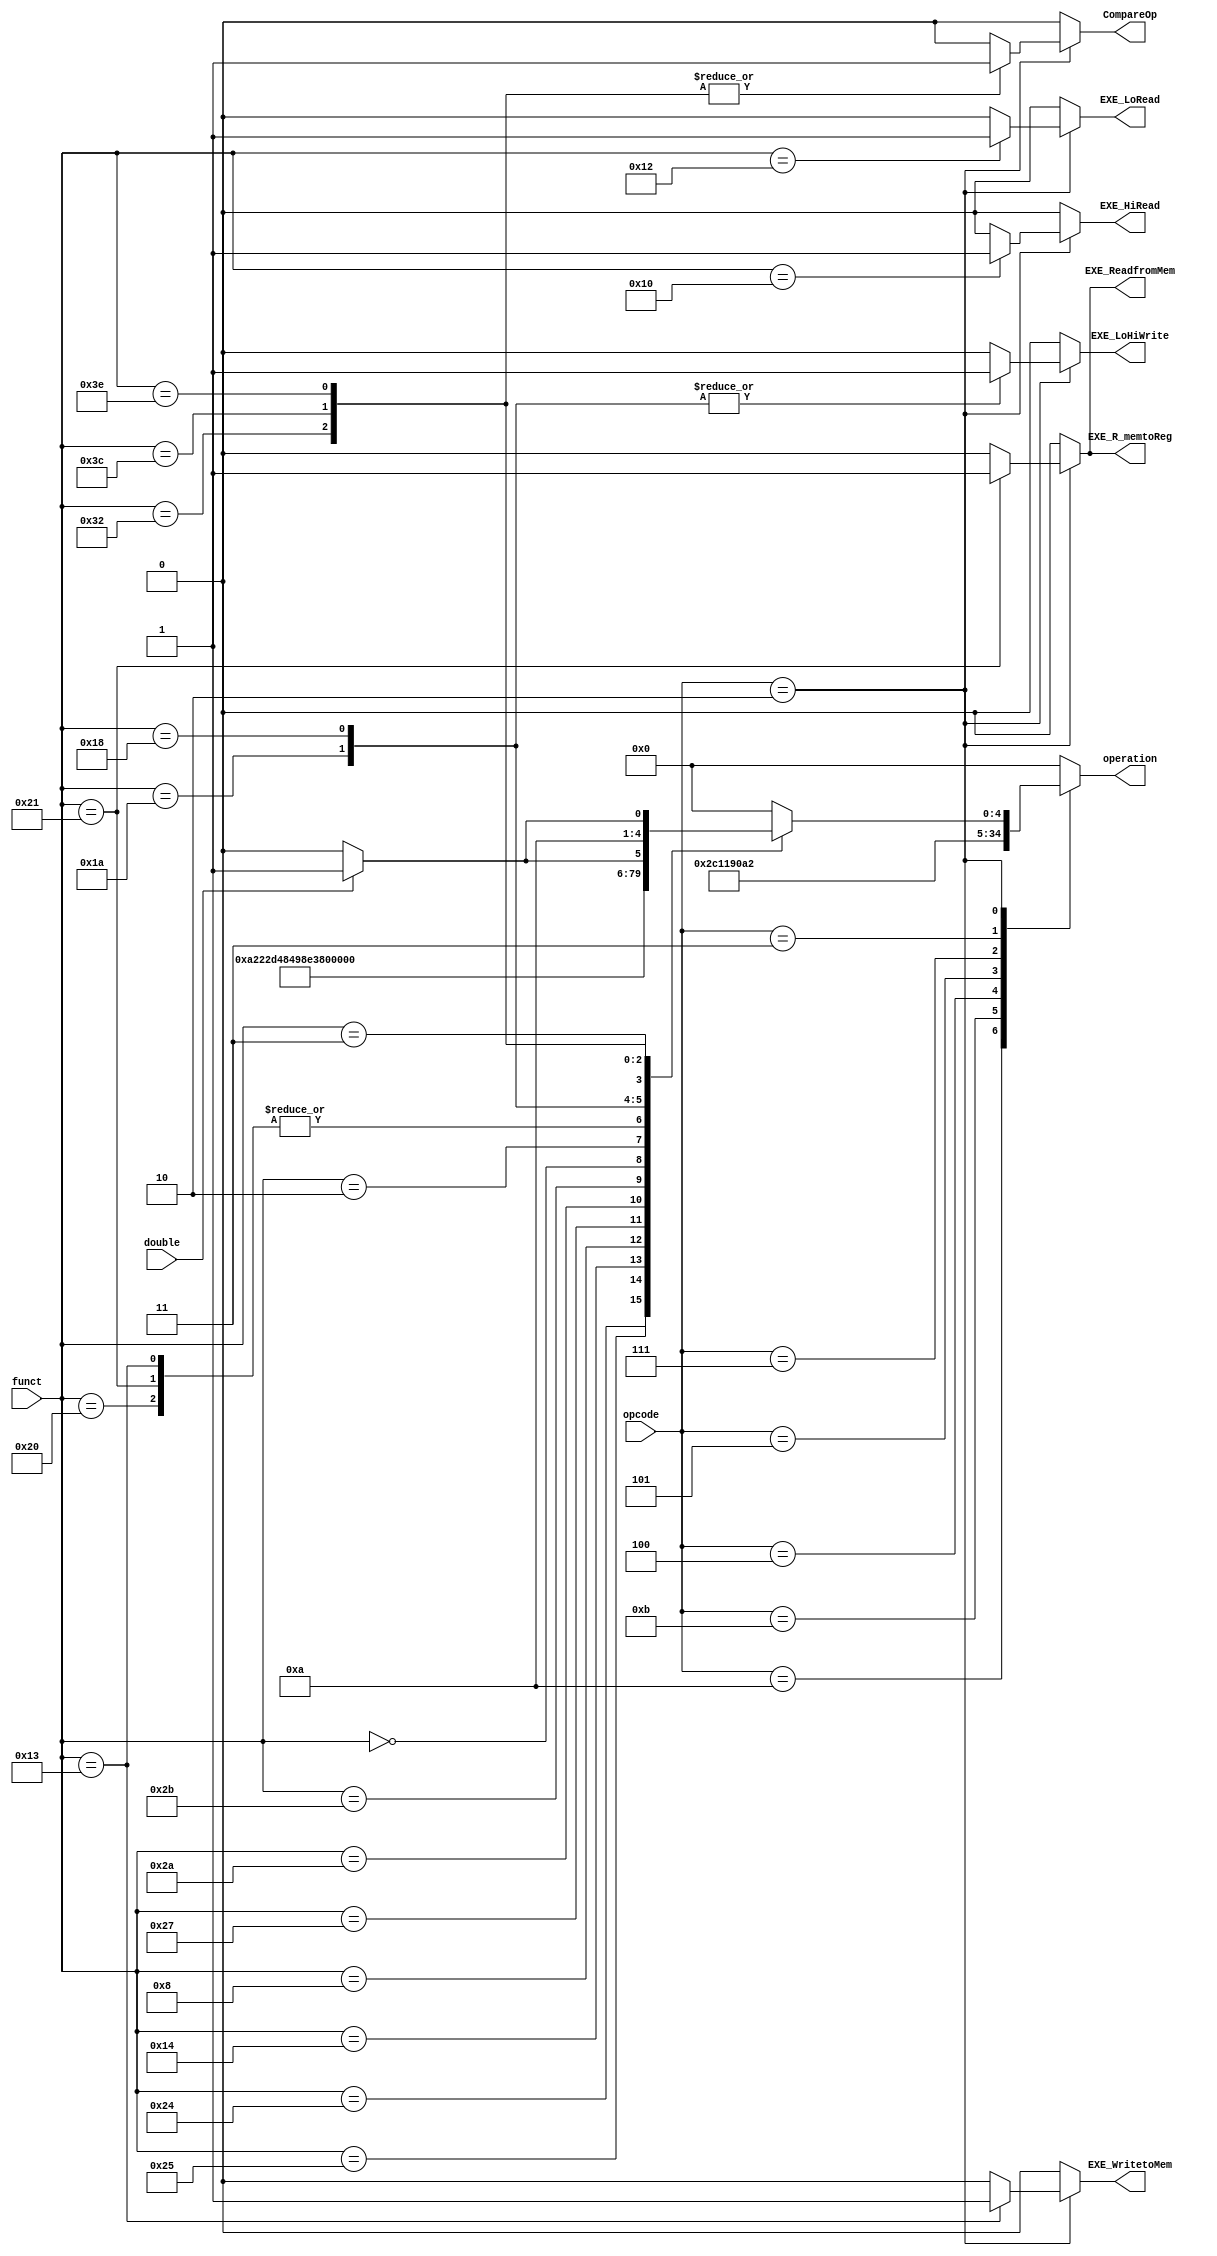
module ALUcontrol (EXE_LoHiWrite, EXE_LoRead, EXE_HiRead, CompareOp, EXE_R_memtoReg, EXE_ReadfromMem, EXE_WritetoMem, operation, opcode, funct, double);

// input 
	input [5:0] funct;
	input [3:0] opcode; 
	input double;
	
// output
	output reg [4:0] operation;
	output reg EXE_ReadfromMem, EXE_WritetoMem, EXE_R_memtoReg, CompareOp, EXE_LoHiWrite, EXE_LoRead, EXE_HiRead;
	
	always @(*)
		begin
			case(opcode)
			default:
				begin
					EXE_LoHiWrite <= 0;
					EXE_LoRead <= 0;
					EXE_HiRead <= 0;
					CompareOp <= 0;
					operation <= 0;
					EXE_ReadfromMem <= 0;
					EXE_WritetoMem <= 0;
					EXE_R_memtoReg <= 0;
				end
				
			// Jump and Link
			4'ha:
				begin
					operation <= 5'h16;
					EXE_ReadfromMem <= 0;
					EXE_WritetoMem <= 0;
					EXE_R_memtoReg <= 0;
					CompareOp <= 0;
					EXE_LoHiWrite <= 0;
					EXE_LoRead <= 0;
					EXE_HiRead <= 0;
				end
				
			// load upper Imm.
			4'hb:
				begin
					operation <= 5'h1;
					EXE_ReadfromMem <= 0;
					EXE_WritetoMem <= 0;
					EXE_R_memtoReg <= 0;
					CompareOp <= 0;
					EXE_LoHiWrite <= 0;
					EXE_LoRead <= 0;
					EXE_HiRead <= 0;
				end
				
			// load word, load byte unsigned, store byte, store word, addi
			4'h4:
				begin
					operation <= 5'h3;
					EXE_ReadfromMem <= 0;
					EXE_WritetoMem <= 0;
					EXE_R_memtoReg <= 0;
					CompareOp <= 0;
					EXE_LoHiWrite <= 0;
					EXE_LoRead <= 0;
					EXE_HiRead <= 0;
				end
				
			// andi
			4'h5:
				begin
					operation <= 5'h4;
					EXE_ReadfromMem <= 0;
					EXE_WritetoMem <= 0;
					EXE_R_memtoReg <= 0;
					CompareOp <= 0;
					EXE_LoHiWrite <= 0;
					EXE_LoRead <= 0;
					EXE_HiRead <= 0;
				end
				
			// beq, bnq 
			4'h7:
				begin
					operation <= 5'h5;
					EXE_ReadfromMem <= 0;
					EXE_WritetoMem <= 0;
					EXE_R_memtoReg <= 0;
					CompareOp <= 0;
					EXE_LoHiWrite <= 0;
					EXE_LoRead <= 0;
					EXE_HiRead <= 0;
				end
				
			// Ori
			4'h3:
				begin
					operation <= 5'h2;
					EXE_ReadfromMem <= 0;
					EXE_WritetoMem <= 0;
					EXE_R_memtoReg <= 0;
					CompareOp <= 0;
					EXE_LoHiWrite <= 0;
					EXE_LoRead <= 0;
					EXE_HiRead <= 0;
				end
				
			4'h2:
				begin
					case(funct)
						default:
							begin
								operation <= 0;
								EXE_ReadfromMem <= 0;
								EXE_WritetoMem <= 0;
								EXE_R_memtoReg <= 0;
								CompareOp <= 0;
								EXE_LoHiWrite <= 0;
								EXE_LoRead <= 0;
								EXE_HiRead <= 0;
							end
						
						// add
						6'h20:
							begin
								operation <=5'h3;
								EXE_ReadfromMem <= 0;
								EXE_WritetoMem <= 0;
								EXE_R_memtoReg <= 0;
								CompareOp <= 0;
								EXE_LoHiWrite <= 0;
								EXE_LoRead <= 0;
								EXE_HiRead <= 0;
							end
							
						// sub
						6'h24:
							begin
								operation <=5'h5;
								EXE_ReadfromMem <= 0;
								EXE_WritetoMem <= 0;
								EXE_R_memtoReg <= 0;
								CompareOp <= 0;
								EXE_LoHiWrite <= 0;
								EXE_LoRead <= 0;
								EXE_HiRead <= 0;
							end
							
						// Or
						6'h25:
							begin
								operation <=5'h2;
								EXE_ReadfromMem <= 0;
								EXE_WritetoMem <= 0;
								EXE_R_memtoReg <= 0;
								CompareOp <= 0;
								EXE_LoHiWrite <= 0;
								EXE_LoRead <= 0;
								EXE_HiRead <= 0;
							end
							
						// and
						6'h14:
							begin
								operation <= 5'h4;
								EXE_ReadfromMem <= 0;
								EXE_WritetoMem <= 0;
								EXE_R_memtoReg <= 0;
								CompareOp <= 0;
								EXE_LoHiWrite <= 0;
								EXE_LoRead <= 0;
								EXE_HiRead <= 0;
							end
							
						// jr
						6'h8:
							begin
								EXE_ReadfromMem <= 0;
								EXE_WritetoMem <= 0;
								operation <= 5'hb;
								EXE_R_memtoReg <= 0;
								CompareOp <= 0;
								EXE_LoHiWrite <= 0;
								EXE_LoRead <= 0;
								EXE_HiRead <= 0;
							end
						
						// load new word
						6'h21:
							begin
								operation <= 5'h3;
								EXE_ReadfromMem <= 1;
								EXE_WritetoMem <= 0;
								EXE_R_memtoReg <= 1;
								CompareOp <= 0;
								EXE_LoHiWrite <= 0;
								EXE_LoRead <= 0;
								EXE_HiRead <= 0;
							end
						
						// Nor	
						6'h27:
							begin
								operation <= 5'ha;
								EXE_ReadfromMem <= 0;
								EXE_WritetoMem <= 0;
								EXE_R_memtoReg <= 0;
								CompareOp <= 0;
								EXE_LoHiWrite <= 0;
								EXE_LoRead <= 0;
								EXE_HiRead <= 0;
							end
							
						// set less than
						6'h2a:
							begin
								EXE_ReadfromMem <= 0;
								EXE_WritetoMem <= 0;
								operation <= 5'h8;
								EXE_R_memtoReg <= 0;
								CompareOp <= 0;
								EXE_LoHiWrite <= 0;
								EXE_LoRead <= 0;
								EXE_HiRead <= 0;
							end
							
						// set less than unsigned
						6'h2b:
							begin
								operation <= 5'h9;
								EXE_ReadfromMem <= 0;
								EXE_WritetoMem <= 0;
								EXE_R_memtoReg <= 0;
								CompareOp <= 0;
								EXE_LoHiWrite <= 0;
								EXE_LoRead <= 0;
								EXE_HiRead <= 0;
							end
							
						// Shift left 
						6'h00:
							begin
								operation <= 5'h6;
								EXE_ReadfromMem <= 0;
								EXE_WritetoMem <= 0;
								EXE_R_memtoReg <= 0;
								CompareOp <= 0;
								EXE_LoHiWrite <= 0;
								EXE_LoRead <= 0;
								EXE_HiRead <= 0;
							end
						
						//Shift right
						6'h02:
							begin
								operation <= 5'h7;
								EXE_ReadfromMem <= 0;
								EXE_WritetoMem <= 0;
								EXE_R_memtoReg <= 0;
								CompareOp <= 0;
								EXE_LoHiWrite <= 0;
								EXE_LoRead <= 0;
								EXE_HiRead <= 0;
							end
							
						// store word new
						6'h13:
							begin
								operation <= 5'h3;
								EXE_ReadfromMem <= 0;
								EXE_WritetoMem <= 1;
								EXE_R_memtoReg <= 0;
								CompareOp <= 0;
								EXE_LoHiWrite <= 0;
								EXE_LoRead <= 0;
								EXE_HiRead <= 0;
							end	
						
						// Divide
						6'h1a:
							begin
								operation <= 5'h10;
								EXE_ReadfromMem <= 0;
								EXE_WritetoMem <= 0;
								EXE_R_memtoReg <= 0;
								CompareOp <= 0;
								EXE_LoHiWrite <= 1;
								EXE_LoRead <= 0;
								EXE_HiRead <= 0;
							end
							
						// Multiply
						6'h18:
							begin
								operation <= 5'hf;
								EXE_ReadfromMem <= 0;
								EXE_WritetoMem <= 0;
								EXE_R_memtoReg <= 0;
								CompareOp <= 0;
								EXE_LoHiWrite <= 1;
								EXE_LoRead <= 0;
								EXE_HiRead <= 0;
							end
						
						// Move from Hi
						6'h10:
							begin
								operation <= 5'h0;
								EXE_ReadfromMem <= 0;
								EXE_WritetoMem <= 0;
								EXE_R_memtoReg <= 0;
								CompareOp <= 0;
								EXE_LoHiWrite <= 0;
								EXE_LoRead <= 0;
								EXE_HiRead <= 1;
							end
						
						// Move from Lo
						6'h12:
							begin
								operation <= 5'h0;
								EXE_ReadfromMem <= 0;
								EXE_WritetoMem <= 0;
								EXE_R_memtoReg <= 0;
								CompareOp <= 0;
								EXE_LoHiWrite <= 0;
								EXE_LoRead <= 1;
								EXE_HiRead <= 0;
							end
							
						// Shift Right Arith
						6'h3:
							begin
								operation <= 5'he;
								EXE_ReadfromMem <= 0;
								EXE_WritetoMem <= 0;
								EXE_R_memtoReg <= 0;
								CompareOp <= 0;
								EXE_LoHiWrite <= 0;
								EXE_LoRead <= 0;
								EXE_HiRead <= 0;
							end
							
						// Compare equal Single and double
						6'h32:
							begin
								operation <= 5'h11;
								EXE_ReadfromMem <= 0;
								EXE_WritetoMem <= 0;
								EXE_R_memtoReg <= 0;
								CompareOp <= 1;
								EXE_LoHiWrite <= 0;
								EXE_LoRead <= 0;
								EXE_HiRead <= 0;
							end
							
						// Compare less than single and double
						6'h3c:
							begin
								if(double)
									operation <= 5'h13;
								else 
									operation <= 5'h12;
								
								EXE_ReadfromMem <= 0;
								EXE_WritetoMem <= 0;
								EXE_R_memtoReg <= 0;
								CompareOp <= 1;
								EXE_LoHiWrite <= 0;
								EXE_LoRead <= 0;
								EXE_HiRead <= 0;
							end
							
							
						// Compare less than or equal single and double
					   6'h3e:
							begin
								if(double)
									operation <= 5'h15;
								else
									operation <= 5'h14;
									
								EXE_ReadfromMem <= 0;
								EXE_WritetoMem <= 0;
								EXE_R_memtoReg <= 0;
								CompareOp <= 1;
								EXE_LoHiWrite <= 0;
								EXE_LoRead <= 0;
								EXE_HiRead <= 0;
							end
							
						
					endcase
			end
		
		
		
		endcase
		end		
endmodule